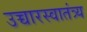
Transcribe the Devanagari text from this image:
उच्चारस्वातंत्र्य